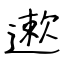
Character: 遬